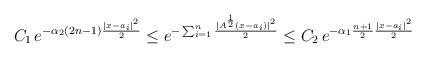
LaTeX: \begin{align*}C_1\,e^{-\alpha_2(2n-1)\frac{|x-a_i|^2}{2}}\le e^{-\sum_{i=1}^n\frac{|A^{\frac{1}{2}}(x-a_i)|^2}{2}}\le C_2\, e^{-\alpha_1 \frac{n+1}{2}\frac{|x-a_i|^2}{2}}\end{align*}